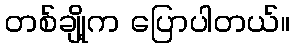
တစ်ချို့က ပြောပါတယ်။